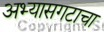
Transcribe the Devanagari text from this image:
अभ्यासगटाचा